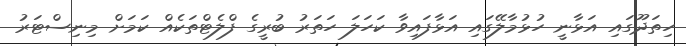
ހިތަދޫގައި އަޅާނީ ހުޅުމާލޭގައި އަޅާފައިވާ ކަހަލަ ހަތަރު ބުރީގެ ފްލެޓްތަކެއް ކަމަށް މިނިސްޓަރު